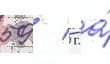
59 / 5 га́